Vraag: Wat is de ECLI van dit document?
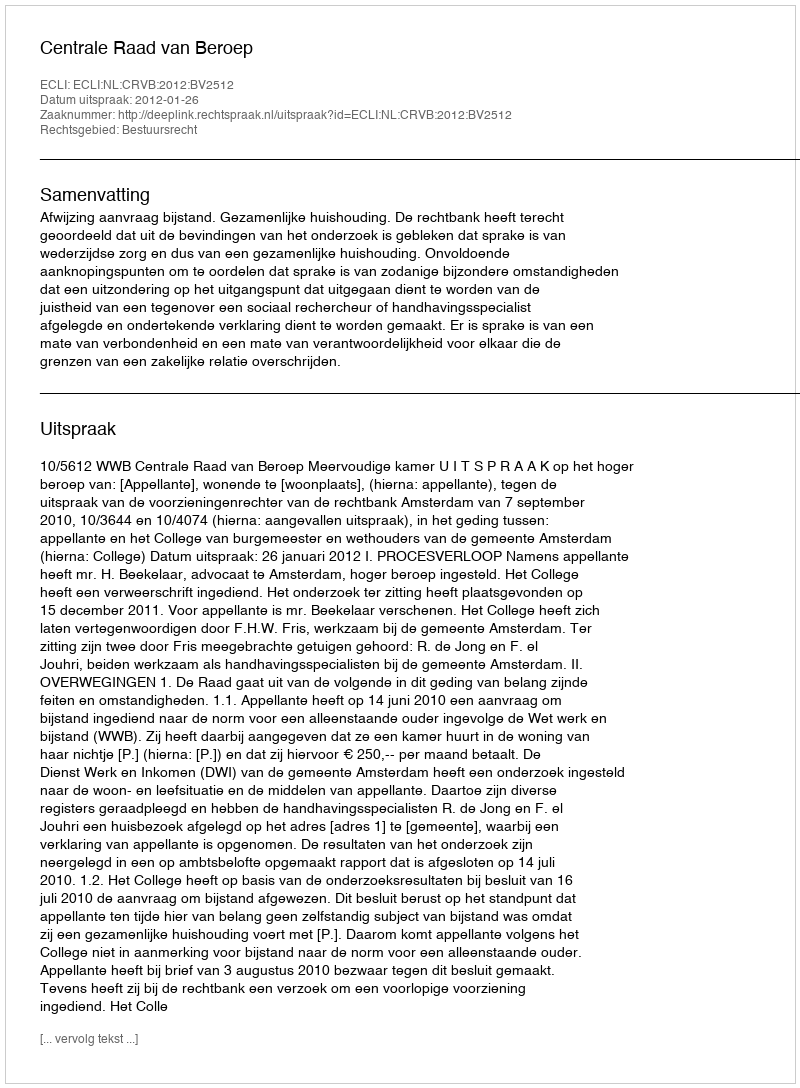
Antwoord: ECLI:NL:CRVB:2012:BV2512